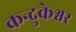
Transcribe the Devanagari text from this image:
कन्दुकेश्वर